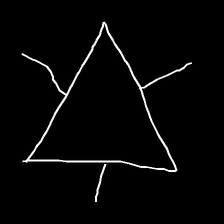
Glyph: fire